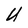
Character: U